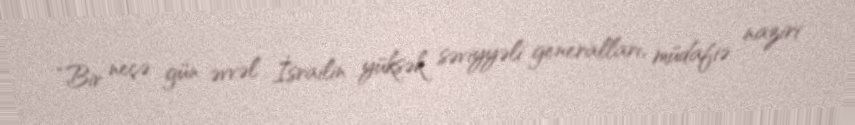
“Bir neçə gün əvvəl İsrailin yüksək səviyyəli generalları, müdafiə naziri